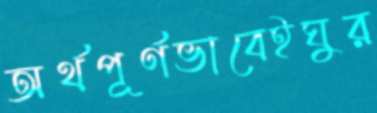
অর্থপূর্ণভাবেইঘুর